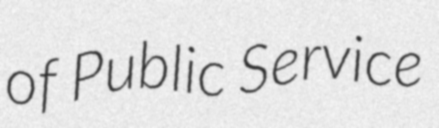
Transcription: of Public Service